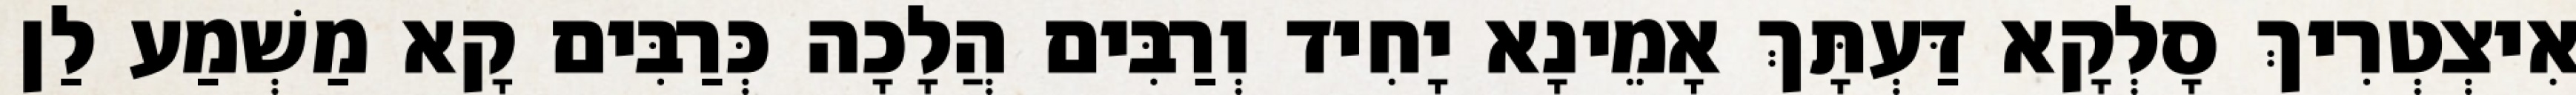
אִיצְטְרִיךְ סָלְקָא דַּעְתָּךְ אָמֵינָא יָחִיד וְרַבִּים הֲלָכָה כְּרַבִּים קָא מַשְׁמַע לַן